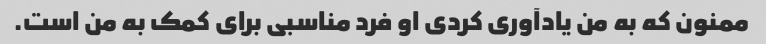
ممنون که به من یادآوری کردی او فرد مناسبی برای کمک به من است.